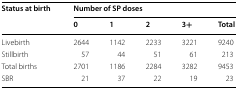
<table><thead><tr><td rowspan="2"><b>Status at birth</b></td><td colspan="5"><b>Number of SP doses</b></td></tr><tr><td><b>0</b></td><td><b>1</b></td><td><b>2</b></td><td><b>3+</b></td><td><b>Total</b></td></tr></thead><tbody><tr><td>Livebirth</td><td>2644</td><td>1142</td><td>2233</td><td>3221</td><td>9240</td></tr><tr><td>Stillbirth</td><td>57</td><td>44</td><td>51</td><td>61</td><td>213</td></tr><tr><td>Total births</td><td>2701</td><td>1186</td><td>2284</td><td>3282</td><td>9453</td></tr><tr><td>SBR</td><td>21</td><td>37</td><td>22</td><td>19</td><td>23</td></tr></tbody></table>